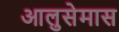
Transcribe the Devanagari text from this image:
आलुसेमास